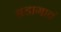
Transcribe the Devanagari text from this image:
बडागावं